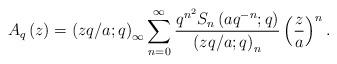
LaTeX: \begin{align*}A_{q}\left(z\right)=\left(zq/a;q\right)_{\infty}\sum_{n=0}^{\infty}\frac{q^{n^{2}}S_{n}\left(aq^{-n};q\right)}{\left(zq/a;q\right)_{n}}\left(\frac{z}{a}\right)^{n}.\end{align*}